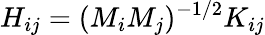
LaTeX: H_{ij}=(M_{i}M_{j})^{-1/2}K_{ij}